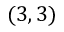
( 3 , 3 )